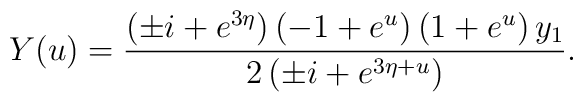
Y(u)= { {\left( \pm i + e^{3 \eta} \right)  \left( -1 + {e^u} \right)  \left( 1 + {e^u} \right)  { y_1}}  \over {2 \left( \pm i + {e^{3 \eta + u}} \right) }}.